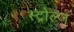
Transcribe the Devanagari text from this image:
स्ट्रोल्ज़